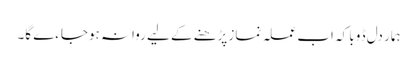
ہمار دل ڈوبا کہ اب عملہ نماز پڑھنے کے لیے روانہ ہوجاءے گا۔